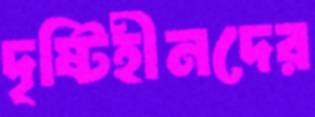
দৃষ্টিহীনদের